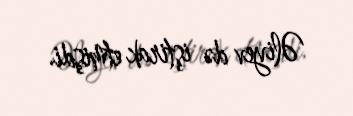
Əliyev də iştirak etmişdi.